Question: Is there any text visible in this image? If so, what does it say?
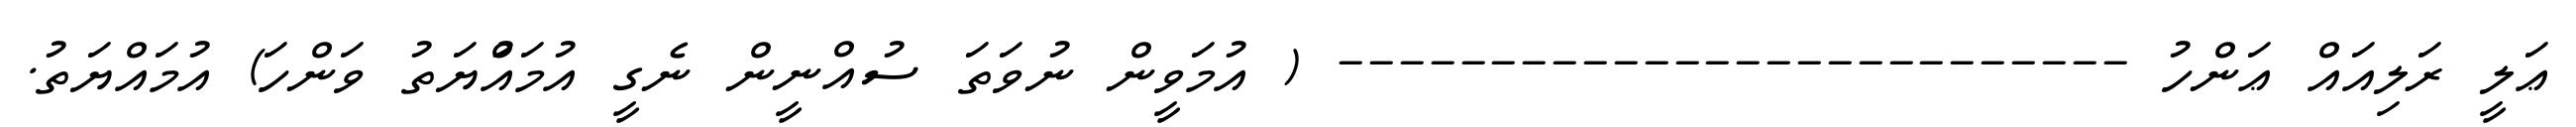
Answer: ޢަލީ ރަލިއައް ޢަންހު -------------------------- ( އުމަވީން ނުވަތަ ސުއްނީން ނެގީ އުމައްުޔަތު ވަންހަ) އުމައްޔަތު.